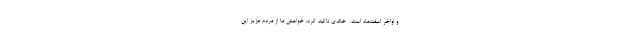
و اواخر اسفندماه است. ‌ خالدی تاکید کرد: خواهش ما از مردم عزیز این